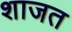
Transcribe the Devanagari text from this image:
शाजत